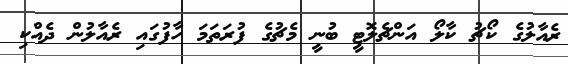
ރެއާލުގެ ކޯޗު ކާލޯ އަންޗެލޮޓީ ބުނީ މެޗުގެ ފުރަތަމަ ހާފުގައި ރެއާލުން ދެއްކި